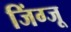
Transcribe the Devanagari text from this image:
जिंग्जू